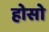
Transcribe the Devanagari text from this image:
होसो